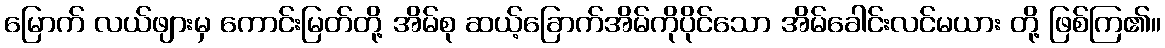
မြောက် လယ်ဖျားမှ ကောင်းမြတ်တို့ အိမ်စု ဆယ့်ခြောက်အိမ်ကိုပိုင်သော အိမ်ခေါင်းလင်မယား တို့ ဖြစ်ကြ၏။